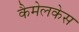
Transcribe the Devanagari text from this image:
कैमेलकेस